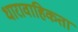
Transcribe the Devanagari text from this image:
धारावाहिकता